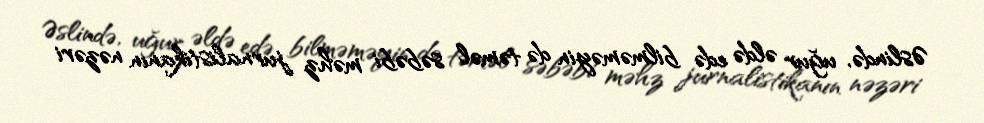
Əslində, uğur əldə edə bilməməyin də təməl səbəbi məhz jurnalistikanın nəzəri